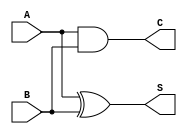
`timescale 1ns / 1ps
//////////////////////////////////////////////////////////////////////////////////
// Company: 
// Engineer: 
// 
// Design Name: 
// Module Name: halfAdder
// Project Name: 
// Target Devices: 
// Tool Versions: 
// Description: 
// 
// Dependencies: 
// 
// Revision:
// Revision 0.01 - File Created
// Additional Comments:
// 
//////////////////////////////////////////////////////////////////////////////////


module halfAdder(S,C,A,B);
output S,C;
input A,B;
assign S = A ^ B;
assign C = A & B;
endmodule